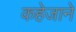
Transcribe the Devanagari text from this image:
कहेजाने